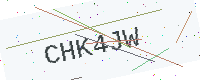
Text: CHK4JW